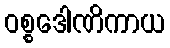
ဝစ္စဒေါဏိကာယ